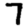
Digit: 7